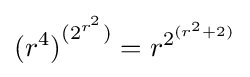
{(r^{4})}^{(2^{r^{2}})}=r^{2^{(r^{2}+2)}}